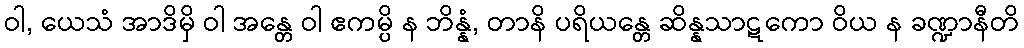
ဝါ, ယေသံ အာဒိမှိ ဝါ အန္တေ ဝါ ဧကမ္ပိ န ဘိန္နံ, တာနိ ပရိယန္တေ ဆိန္နသာဋကော ဝိယ န ခဏ္ဍာနီတိ